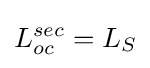
L_{oc}^{sec}=L_{S}